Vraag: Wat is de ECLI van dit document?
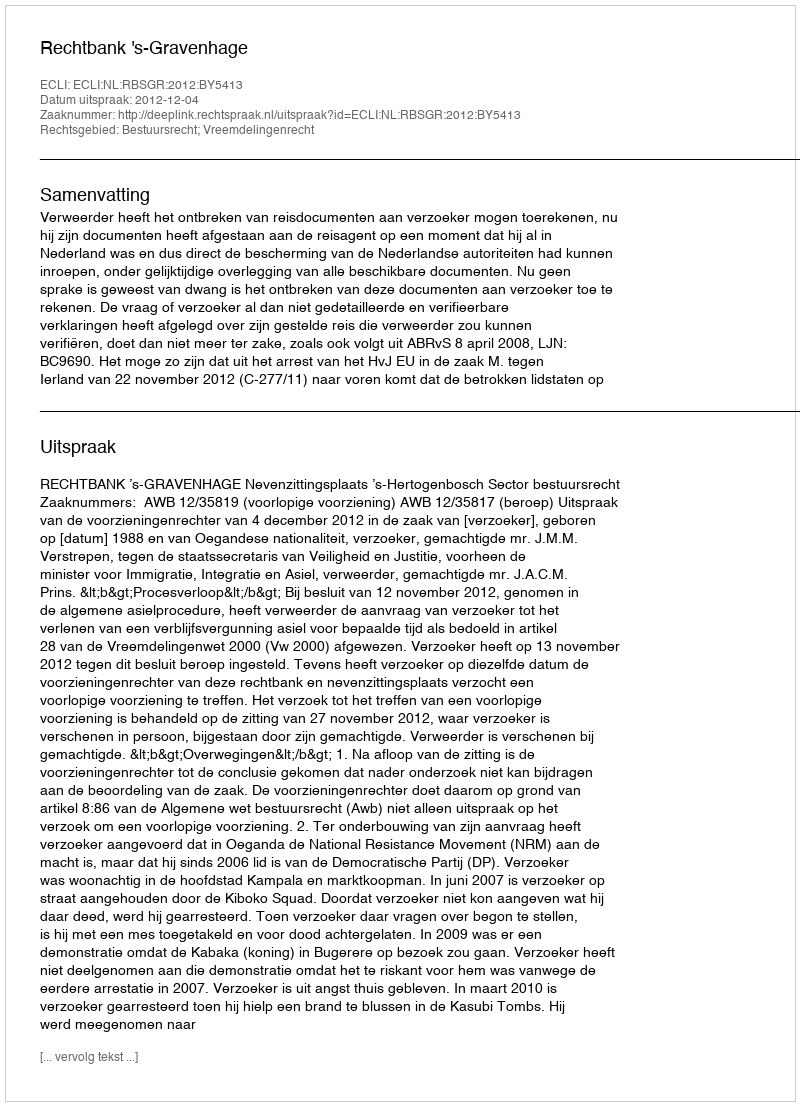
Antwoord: ECLI:NL:RBSGR:2012:BY5413